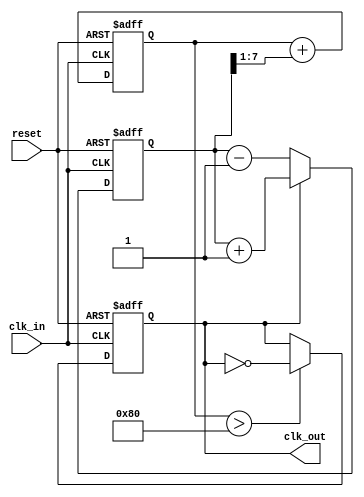
module clock_recovery_pll (
    input wire clk_in,         // Incoming data signal
    input wire reset,          // Reset signal
    output wire clk_out        // Output clock signal
);

    // Parameters for simulation
    parameter integer CLK_FREQ = 100; // Output clock frequency in MHz
    parameter integer DATA_FREQ = 100; // Input data frequency in MHz
        
    // Internal signals
    reg [7:0] phase_error;      // Phase error signal
    reg [15:0] control_voltage;  // Control voltage from loop filter
    reg clk_vco;                // VCO output clock signal
    reg [7:0] memory_buf [0:15]; // Memory blocks (simple FIFO)
    integer mem_index = 0;      // Memory index

    // Phase Detector (PD)
    always @(posedge clk_in or posedge reset) begin
        if (reset) begin
            phase_error <= 0;
        end else begin
            // Simple edge detection, compare incoming with VCO clock
            if (clk_vco) begin
                phase_error <= phase_error + 1; // Increment phase error
            end else begin
                phase_error <= phase_error - 1; // Decrement phase error
            end
        end
    end

    // Loop Filter (LF)
    always @(posedge clk_in or posedge reset) begin
        if (reset) begin
            control_voltage <= 0;
        end else begin
            // Simple low-pass filter
            control_voltage <= control_voltage + (phase_error >> 1);
        end
    end

    // Voltage-Controlled Oscillator (VCO)
    always @(posedge clk_in or posedge reset) begin
        if (reset) begin
            clk_vco <= 0;
        end else begin
            if (control_voltage > 128) begin
                clk_vco <= ~clk_vco; // Toggle VCO clock based on control voltage
            end
        end
    end

    // Memory Blocks
    always @(posedge clk_in or posedge reset) begin
        if (reset) begin
            mem_index <= 0;
        end else begin
            if (mem_index < 16) begin
                memory_buf[mem_index] <= phase_error; // Store phase error in memory
                mem_index <= mem_index + 1;
            end else begin
                mem_index <= 0; // Reset index after filling memory
            end
        end
    end

    // Output clock signal
    assign clk_out = clk_vco;

endmodule